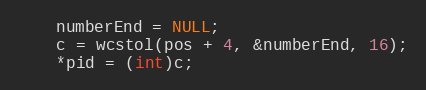
Language: C++
    numberEnd = NULL;
    c = wcstol(pos + 4, &numberEnd, 16);
    *pid = (int)c;